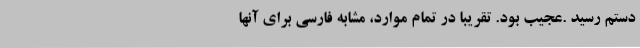
دستم رسید .عجیب بود. تقریباً در تمام موارد، مشابه فارسی برای آنها